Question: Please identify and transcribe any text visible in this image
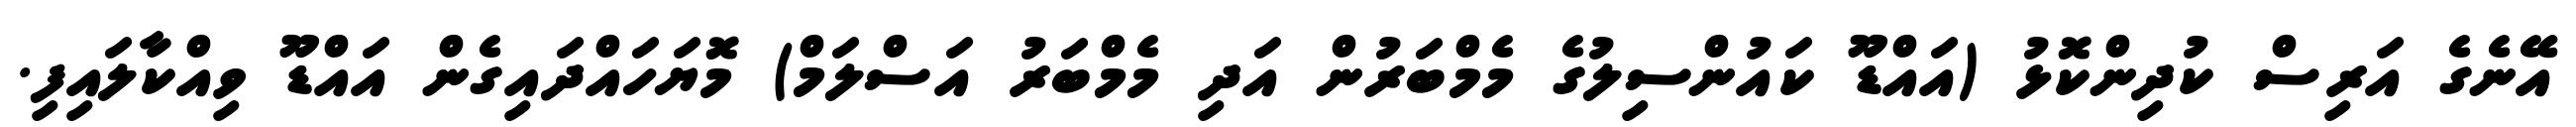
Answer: އޭނެގެ އަރިސް ކުދިންކޮޅު (އައްޑޫ ކައުންސިލުގެ މެމްބަރުން އަދި މެމްބަރު އަސްލަމް) މޮޔަހައްދައިގެން އައްޑޫ ވިއްކާލައިފި.